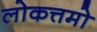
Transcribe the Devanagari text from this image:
लोकत्तमो